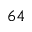
^ { 6 4 }